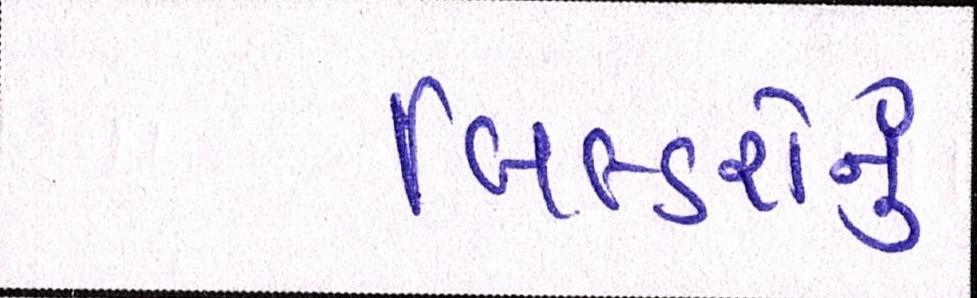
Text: બિલ્ડરોનું